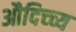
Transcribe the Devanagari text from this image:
औदिच्च्य